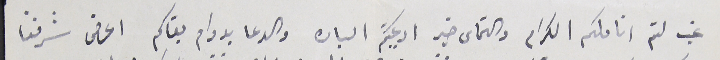
غب لثم اناملكم الكرام والتماس خير ادعيتكم الباره والدعا بدوام بقاكم اعرض شرفنا